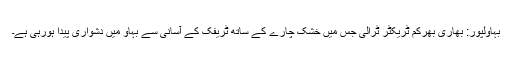
بہاولپور: بھاری بھرکم ٹریکٹر ٹرالی جس میں خشک چارے کے ساتھ ٹریفک کے آسانی سے بہاو میں دشواری پیدا ہورہی ہے۔